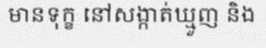
មានទុក្ខ នៅសង្កាត់ឃ្មួញ និង